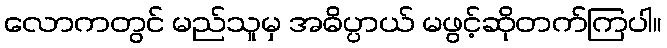
လောကတွင် မည်သူမှ အဓိပ္ပာယ် မဖွင့်ဆိုတက်ကြပါ။